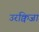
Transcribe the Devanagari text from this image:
उरक्विजा